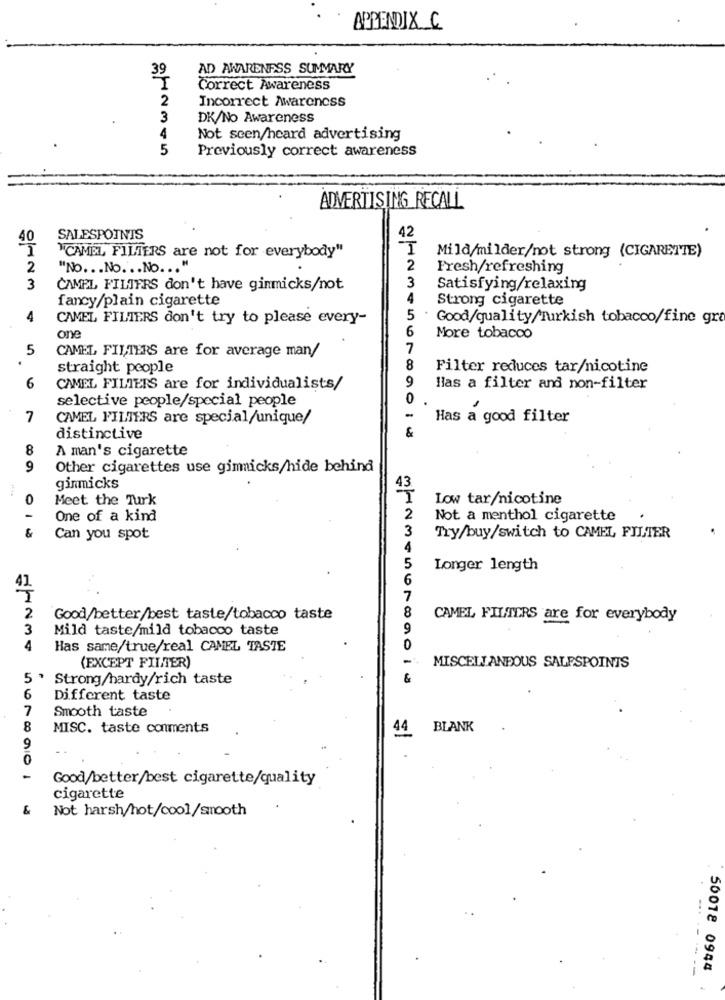
APPENDIX C
39
AD AWARENESS SUMMARY
I
Correct Awareness
2
Incorrect Awareness
3
DK/No Awareness
4
Not seen/heard advertising
5
Previously correct awareness
ADVERTISING RECALL
SALESPOINTS
42
"CAMEL FILTERS are not for everybody"
Mild/milder/not strong (CIGARETTE)
2
"No. . . No. . . No ... "
2
Fresh/refreshing
3
3
CAMEL FILIFRS don't have gimmicks/not
Satisfying/relaxing
fancy/plain cigarette
4
Strong cigarette
4
CAMEL FILTERS don't try to please every-
5
Good/quality/Turkish tobacco/fine gra
6
one
More tobacco
5
CAMEL FILTERS are for average man/
7
straight people
8
Filter reduces tar/nicotine
9
6
CAMEL FILTERS are for individualists/
Has a filter and non-filter
selective people/special people
0
7
CAMEL FILTERS are special/unique/
Has a good filter
&
distinctive
8
A man's cigarette
9
Other cigarettes use gimmicks/hide behind
ginmicks
0
Meet the Turk
43
Low tar/nicotine
One of a kind
2
Not a menthol cigarette
&
3
Can you spot
Try/buy/switch to CAMEL FILTER
4
5
Longer length
6
7
2
Good/better/best taste/tobacco taste
8
CAMEL FILTERS are for everybody
3
Mild taste/mild tobacco taste
9
4
Has same/true/real CAMEL TASTE
0
(EXCEPT FILTER)
MISCELLANEOUS SALESPOINTS
5 ' Strong/hardy/rich taste
&
6
Different taste
7
Smooth taste
8
MISC. taste comments
44
BLANK
9
0
Good/better/best cigarette/quality
cigarette
Not harsh/hot/cool/smooth
------
50018 0944